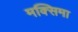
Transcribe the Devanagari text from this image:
मक्सिमा